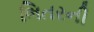
ભિતરની